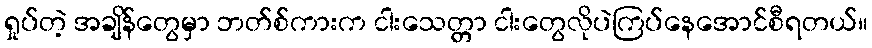
ရှုပ်တဲ့ အချိန်တွေမှာ ဘတ်စ်ကားက ငါးသေတ္တာ ငါးတွေလိုပဲကြပ်နေအောင်စီရတယ်။